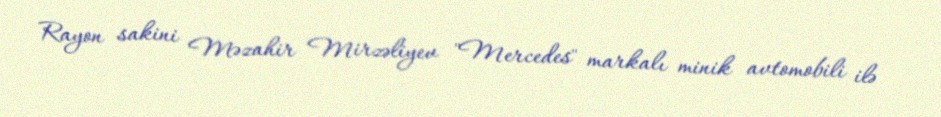
Rayon sakini Məzahir Mirzəliyev "Mercedes" markalı minik avtomobili ilə